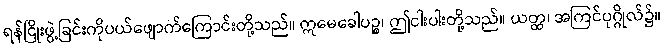
ရန်ငြိုးဖွဲ့ခြင်းကိုပယ်ဖျောက်ကြောင်းတို့သည်။ ဣမေခေါပဉ္စ၊ ဤငါးပါးတို့သည်။ ယတ္ထ၊ အကြင်ပုဂ္ဂိုလ်၌။